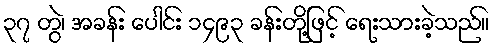
၃၇ တွဲ၊ အခန်း ပေါင်း ၁၄၉၃ ခန်းတို့ဖြင့် ရေးသားခဲ့သည်။